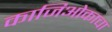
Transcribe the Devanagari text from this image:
काजिओकाचा